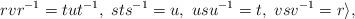
LaTeX: \begin{align*}rvr^{-1}=tut^{-1},~sts^{-1}=u,~usu^{-1}=t,~vsv^{-1}=r\rangle,\end{align*}